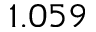
1 . 0 5 9